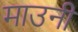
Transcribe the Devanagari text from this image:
माउनी